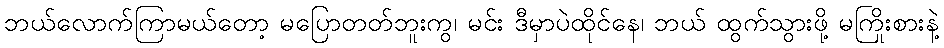
ဘယ်လောက်ကြာမယ်တော့ မပြောတတ်ဘူးကွ၊ မင်း ဒီမှာပဲထိုင်နေ၊ ဘယ် ထွက်သွားဖို့ မကြိုးစားနဲ့